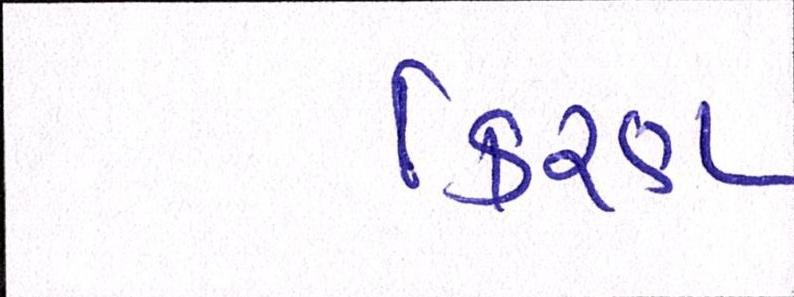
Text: કિરણ